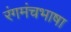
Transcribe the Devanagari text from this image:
रंगमंचभाषा